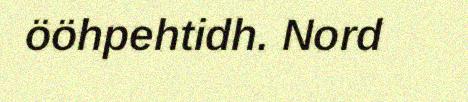
ööhpehtidh. Nord